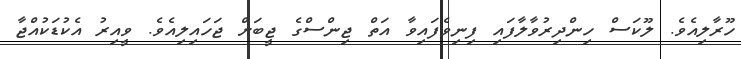
ހޫރާލިއެވެ. ލޫކަސް ހިންދިރުވާލާފައި ފިނިވެފައިވާ އަތް ޖިންސްގެ ޖީބަށް ޖަހައިލިއެވެ. ވީއިރު އެކުޑަކުއްޖާ